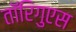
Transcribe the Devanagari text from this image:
तॉरिगुएस